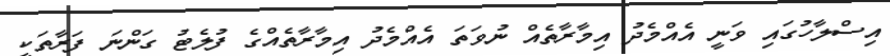
އިސްލާހުގައި ވަނީ އެއްމެދު އިމާރާތެއް ނުވަތަ އެއްމެދު އިމާރާތެއްގެ ފުލެޓު ގަންނަ ފަރާތަކީ